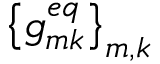
\left\{ g _ { m k } ^ { e q } \right\} _ { m , k }